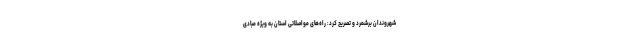
شهروندان برشمرد و تصریح کرد: راه‌های مواصلاتی استان به ویژه مبادی